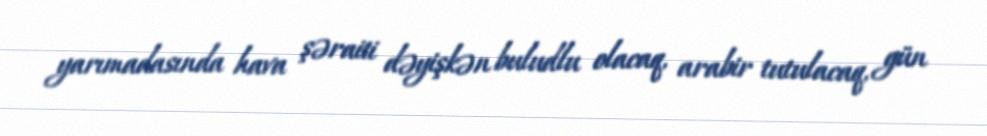
yarımadasında hava şəraiti dəyişkən buludlu olacaq, arabir tutulacaq, gün